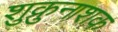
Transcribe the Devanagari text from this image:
शुक्रुनाशक